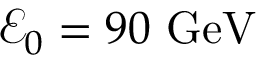
\mathcal { E } _ { 0 } = 9 0 \ \mathrm { G e V }